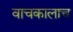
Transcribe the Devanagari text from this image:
वाचकालाच